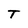
Character: T